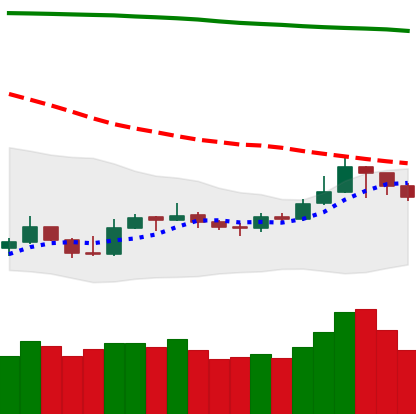
Ticker: LTC-USD
Chart end date: 2019-09-21
Forward return: -24.451%
Label: down_7plus